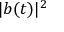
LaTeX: | b ( t ) | ^ { 2 }